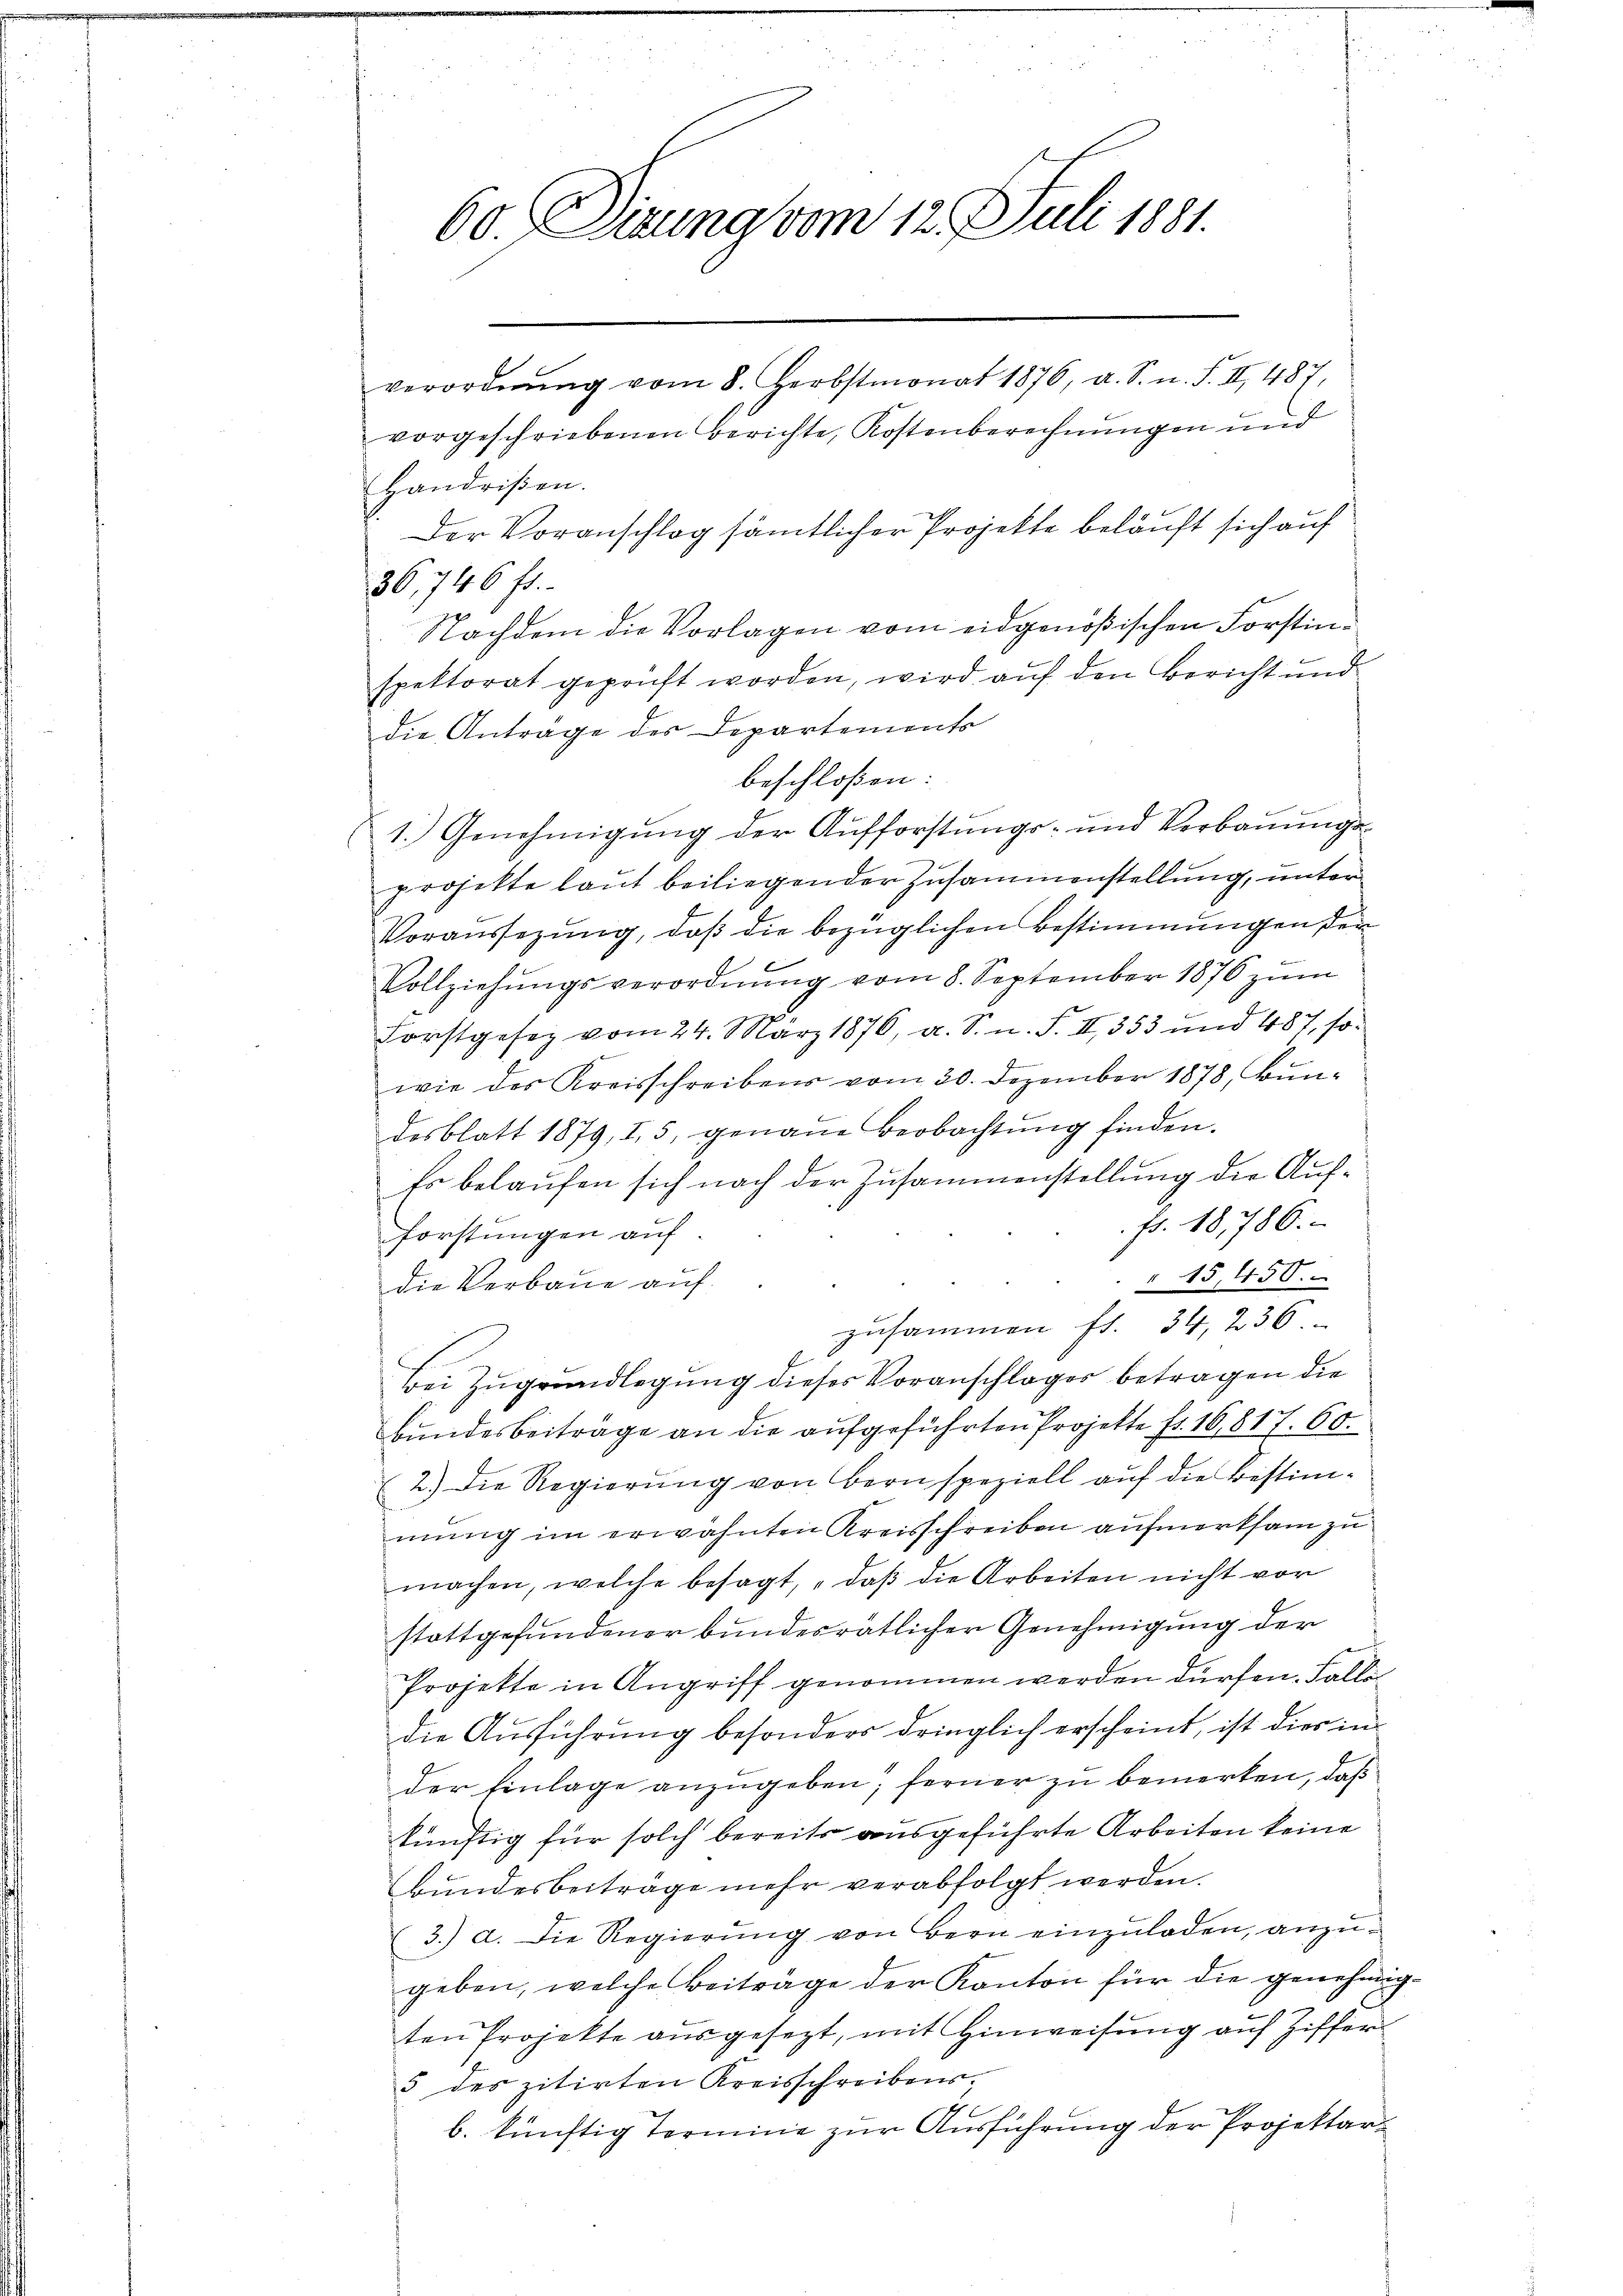
60. Dirung vom 12. Juli 1881.

verordnŭng vom 8. Herbstmonat 1876, a. S. n. F. II 487,
vorgeschriebenen Berichte, Kostenberechnungen und
Handrißen.
Der Voranschlag sämtlicher Projekte beläuft sich auf
36,746 fr.
Nachdem die Vorlagen vom eidgenößischen Forstinspektorat geprüft worden, wird auf den Bericht und
die Anträge des Departements
beschloßen:
1.) Genehmigung der Aufforstungs- und Verbauungsprojekte laut beiliegender Zusammenstellung, unter
Voraussezung, daß die bezüglichen Bestimmungen der
Vollziehŭngsverordnŭng vom 8. September 1876 zŭm
Forstgesetz vom 24. März 1876, a. S. n. F. II 353 und 487, so-
E
wie des Kreisschreibens vom 30. Dezember 1878, Bundesblatt 1879, I. 5, genaue Beobachtŭng finden.
Es belaufen sich nach der Zusammenstellung die Auffr. 18,786.
forstungen auf.
" 15,450.
die Verbaue auf
zusammen fl. 34, 236.
Bei Zugrundlegung dieses Voranschläger betragen die
bundesbeiträge an die aufgeführten Projekte fr. 16,817. 60.
2.) Die Regierŭng von Bern speziell aŭf die Bestim-
mung im erwähnten Kreisschreiben aufmerksam zu
machen, welche besagt, „daß die Arbeiten nicht vor
stattgefundener bundesrätlicher Genehmigung der
Projekte in Angriff genommen werden dürfen. Falle
die Ausführung besonders dringlich erscheint, ist dies in
der Einlage anzugeben; ferner zu bemerken, daß
künftig für solch bereits ausgeführte Arbeiten keine
Bundesbeiträge mehr verabfolgt werden.
3.) a. Die Regierŭng von Bern einzŭladen, anzŭ-
geben, welche Beiträge der Kanton für die genehmig
ten Projekte ausgesezt, mit Hinweisung auf Ziffer¬
5 des zitirten Kreisschreibensb. künftig Termine zur Ausführung der Projektar¬